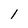
Character: 1